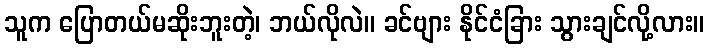
သူက ပြောတယ်မဆိုးဘူးတဲ့၊ ဘယ်လိုလဲ။ ခင်ဗျား နိုင်ငံခြား သွားချင်လို့လား။